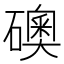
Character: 礇